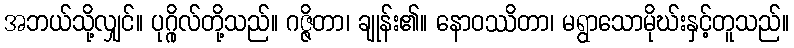
အဘယ်သို့လျှင်။ ပုဂ္ဂိုလ်တို့သည်။ ဂဇ္ဇိတာ၊ ချုန်း၏။ နောဝဿိတာ၊ မရွာသောမိုဃ်းနှင့်တူသည်။